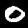
Label: 0